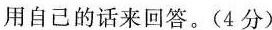
用自己的话来回答。（4分）